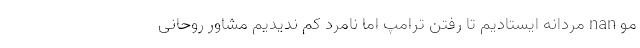
مو nan مردانه ایستادیم تا رفتن ترامپ اما نامرد کم ندیدیم مشاور روحانی